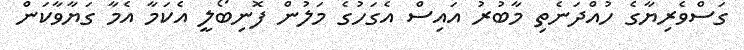
ގަސްވެރިޔާގެ ހުއްދަނެތި މާބުރު އައިސް އެގަހުގެ މަލުން ފޮނިބޯލީ އެކަމާ އެމާ ގަޔާވާކަން